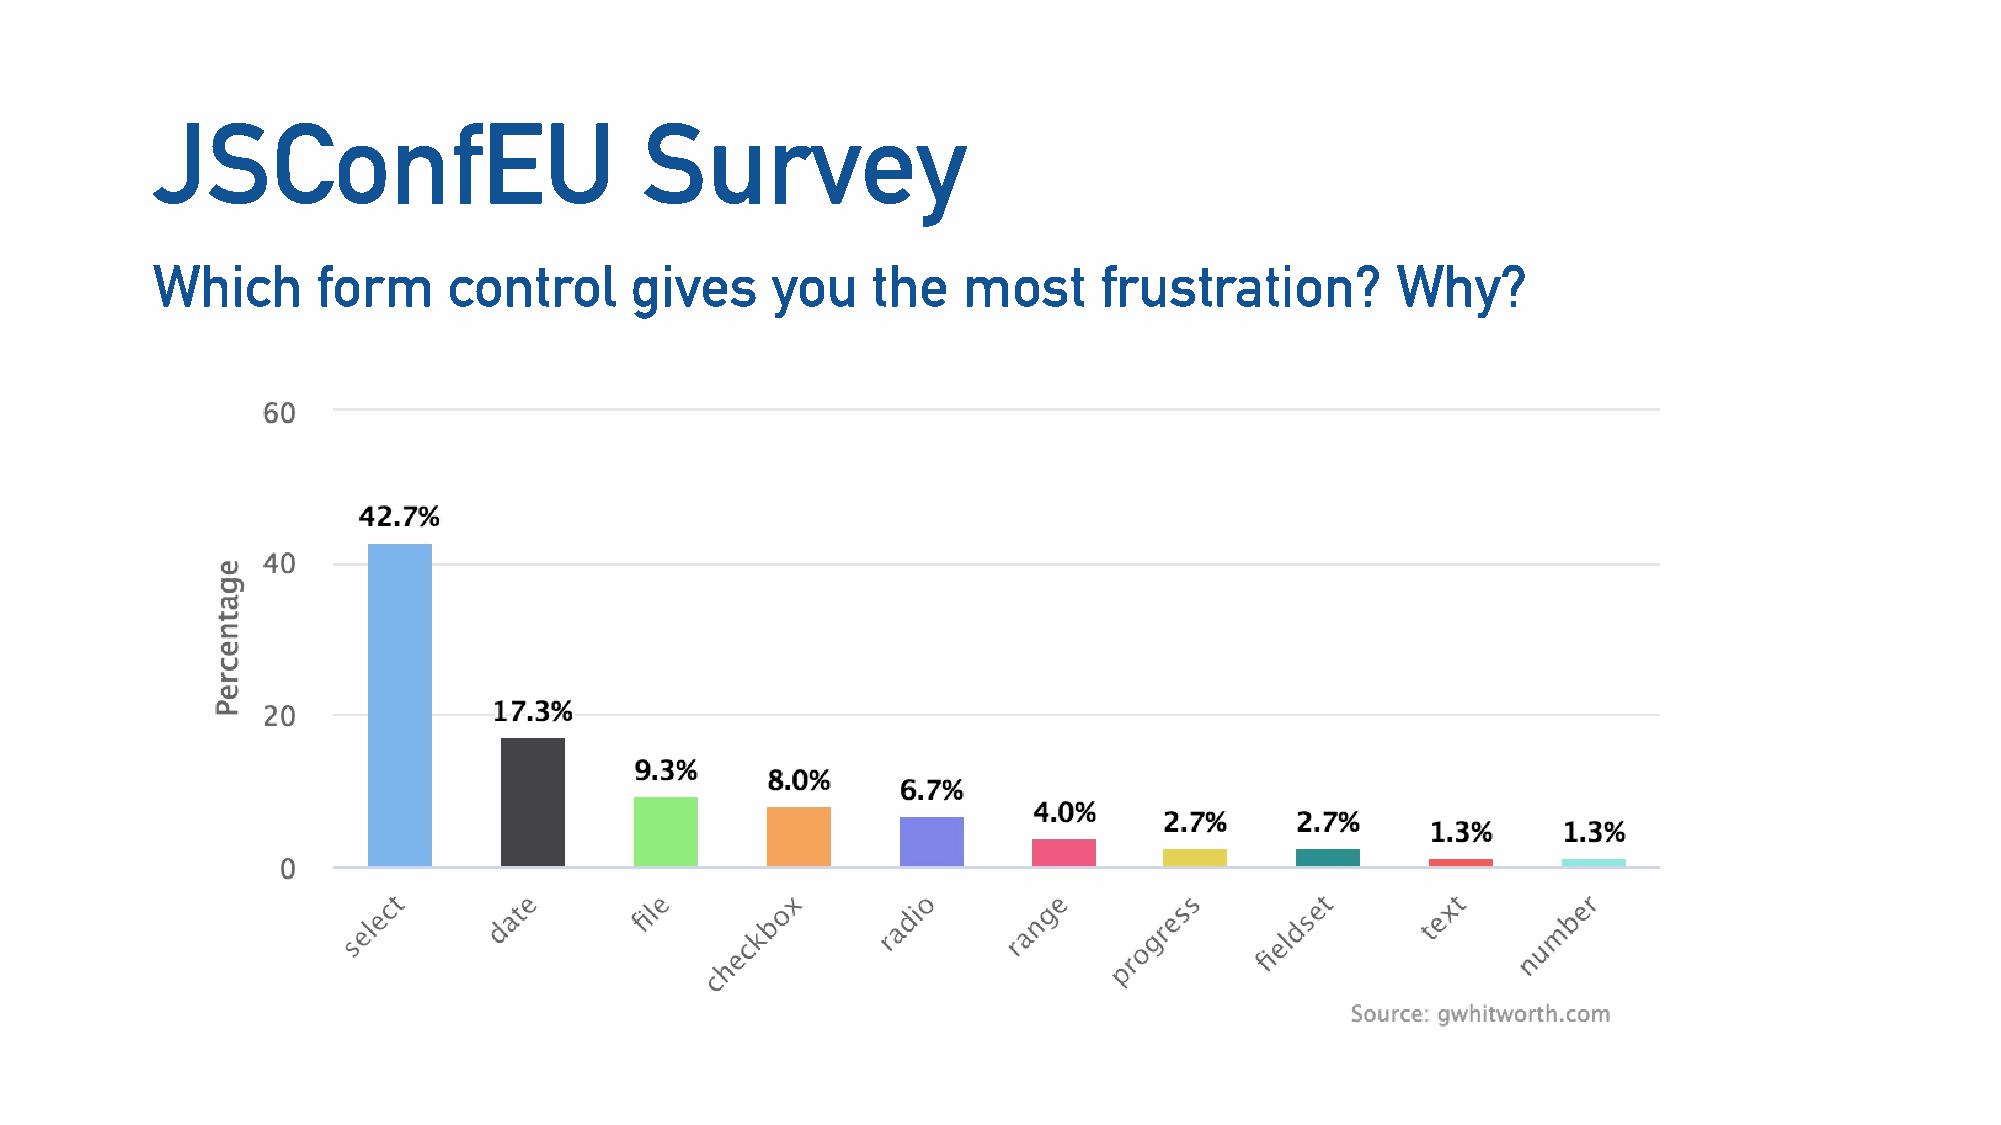
JSConfEU                         Survey
 Which      form     control     gives    you    the   most     frustration?       Why?